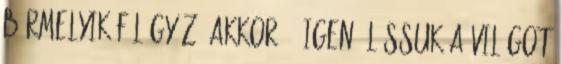
bármelyik fél győz. akkor. - Igen. Lássuk a világot